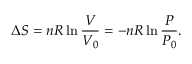
\Delta S = n R \ln { \frac { V } { V _ { 0 } } } = - n R \ln { \frac { P } { P _ { 0 } } } .